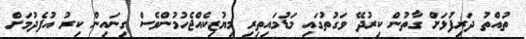
ތުއްތު ދަރިފުޅަށް ގާތުން ކިރުދޭ ވަގުތުގައި މަޑުމައިތިރި މިޔުޒިކެއްޖެހުމުންވެސް ގިނައިން ކިރު އުފެދުމަށް